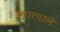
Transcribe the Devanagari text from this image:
खारवाले